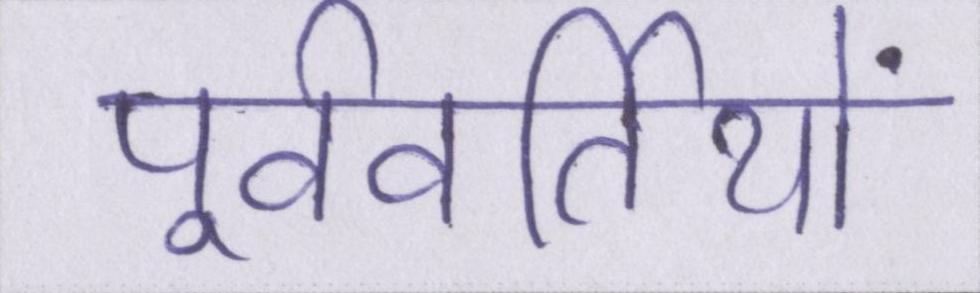
पूर्ववर्तियों